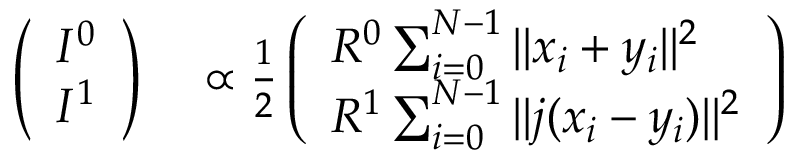
\begin{array} { r l } { \left( \begin{array} { l } { I ^ { 0 } } \\ { I ^ { 1 } } \end{array} \right) } & { { } \propto \frac { 1 } { 2 } \left( \begin{array} { l } { R ^ { 0 } \sum _ { i = 0 } ^ { N - 1 } | | x _ { i } + y _ { i } | | ^ { 2 } } \\ { R ^ { 1 } \sum _ { i = 0 } ^ { N - 1 } | | j ( x _ { i } - y _ { i } ) | | ^ { 2 } } \end{array} \right) } \end{array}